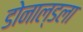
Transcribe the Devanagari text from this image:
डोनाल्डला